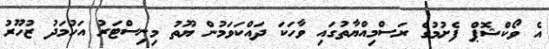
އެ ވޯކްޝޮޕް ފެށުމުގެ ރަސްމިއްޔާތުގައި ވާހަކަ ދައްކަވަމުން ޔޫތު މިނިސްޓަރު އަހުމަދު ޒުހޫރު